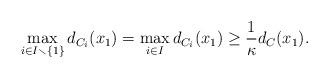
LaTeX: \begin{align*}\max_{i\in I\smallsetminus \{1\}}d_{C_i}(x_1)=\max_{i\in I}d_{C_i}(x_1) \geq \frac{1}{\kappa}d_C(x_1).\end{align*}